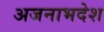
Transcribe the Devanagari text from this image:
अजनाभदेश